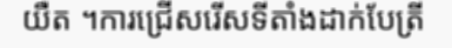
យឺត ។ការជ្រើសរើសទីតាំងដាក់បែត្រី